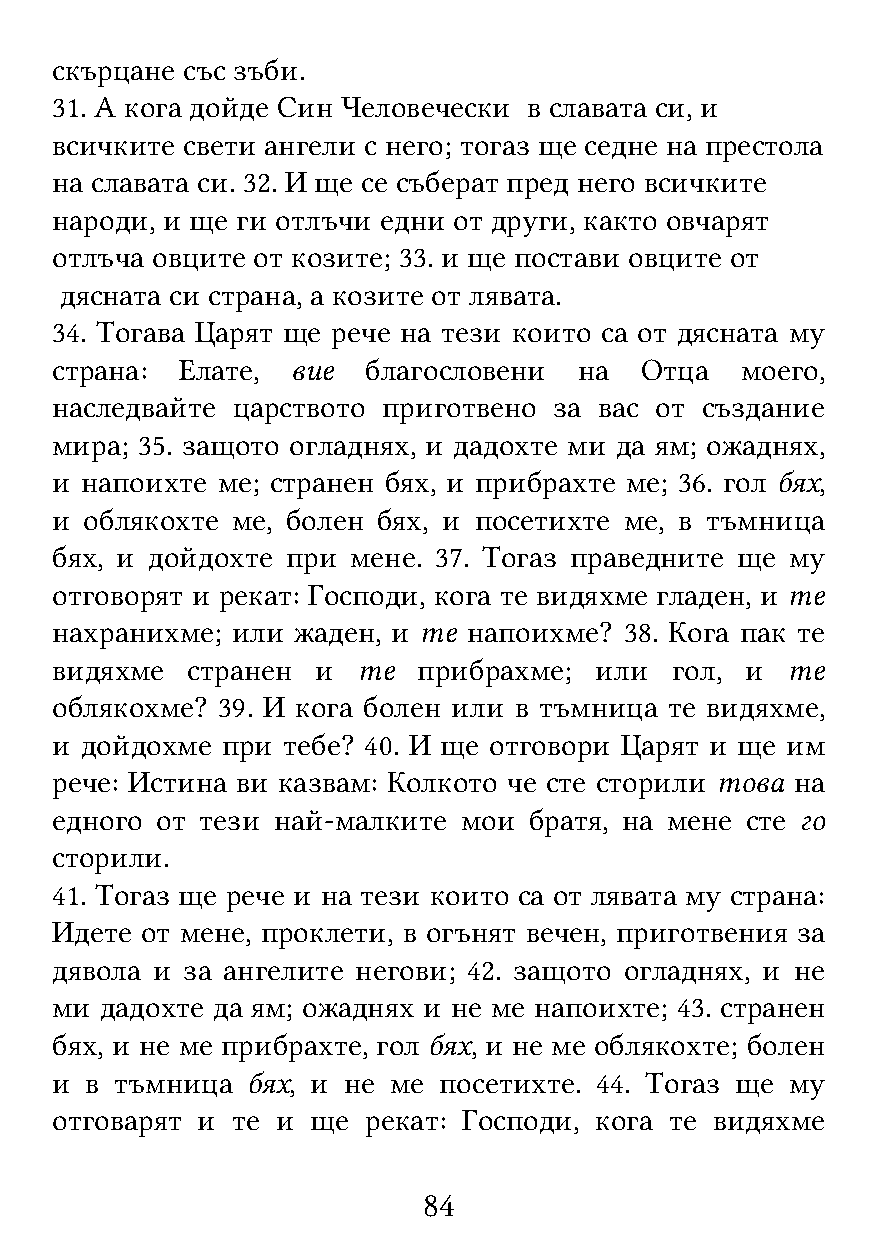
скърцане със зъби.
 31. А кога дойде Син Человечески в славата си, и
 всичките свети ангели с него; тогаз ще седне на престола
 на славата си. 32. И ще се съберат пред него всичките
 народи, и ще ги отлъчи едни от други, както овчарят
 отлъча овците от козите; 33. и ще постави овците от
 дясната си страна, а козите от лявата.
 34. Тогава Царят ще рече на тези които са от дясната му
 страна:  Елате, вие  благословени  на  Отца   моего,
 наследвайте царството приготвено  за вас от създание
 мира; 35. защото огладнях, и дадохте ми да ям; ожаднях,
 и напоихте ме; странен бях, и прибрахте ме; 36. гол бях,
 и  облякохте ме, болен бях, и посетихте ме, в тъмница
 бях, и дойдохте при мене. 37. Тогаз праведните ще му
 отговорят и рекат: Господи, кога те видяхме гладен, и те
 нахранихме; или жаден, и те напоихме? 38. Кога пак те
 видяхме  странен  и  те  прибрахме; или  гол, и  те
 облякохме? 39. И кога болен или в тъмница те видяхме,
 и дойдохме  при тебе? 40. И ще отговори Царят и ще им
 рече: Истина ви казвам: Колкото че сте сторили това на
 едного от тези най-малките мои  братя, на мене сте го
 сторили.
 41. Тогаз ще рече и на тези които са от лявата му страна:
 Идете от мене, проклети, в огънят вечен, приготвения за
 дявола и за ангелите негови; 42. защото огладнях, и не
 ми  дадохте да ям; ожаднях и не ме напоихте; 43. странен
 бях, и не ме прибрахте, гол бях, и не ме облякохте; болен
 и  в тъмница бях, и не ме посетихте. 44. Тогаз ще му
 отговарят и те и  ще рекат: Господи, кога те видяхме
 84